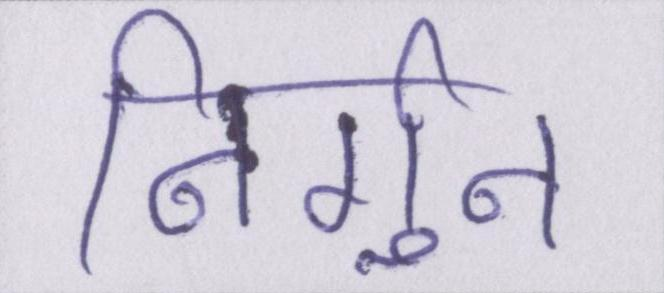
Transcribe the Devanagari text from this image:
निर्गुन